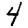
Digit: 4